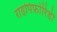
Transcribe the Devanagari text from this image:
राइपिफ़ोरिडी